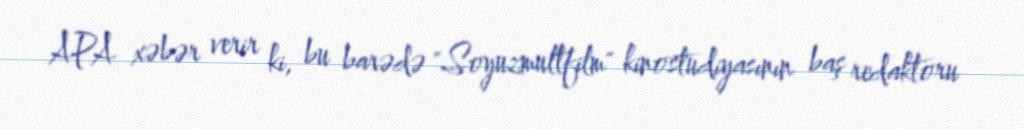
APA xəbər verir ki, bu barədə "Soyuzmultfilm" kinostudiyasının baş redaktoru